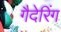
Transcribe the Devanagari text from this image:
गैदेरिंग